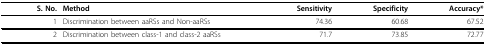
| S. No. | Method | Sensitivity | Specificity | Accuracy* |
 | --- | --- | --- | --- | --- |
 | 1 | Discrimination between aaRSs and Non-aaRSs | 74.36 | 60.68 | 67.52 |
 | 2 | Discrimination between class-1 and class-2 aaRSs | 71.7 | 73.85 | 72.77 |